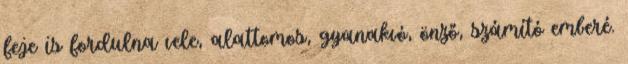
feje is fordulna vele, alattomos, gyanakvó, önző, számító emberé.